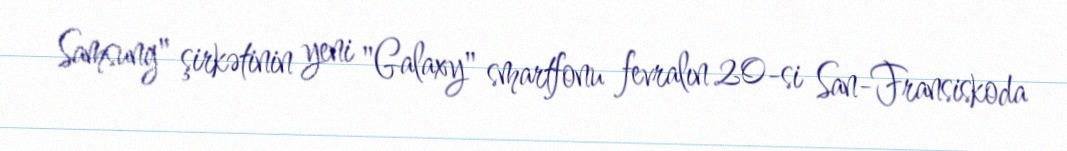
Samsung" şirkətinin yeni "Galaxy" smartfonu fevralın 20-si San-Fransiskoda